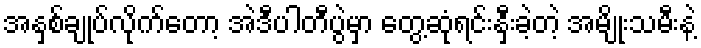
အနှစ်ချုပ်လိုက်တော့ အဲဒီပါတီပွဲမှာ တွေ့ဆုံရင်းနှီးခဲ့တဲ့ အမျိုးသမီးနဲ့